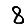
Digit: 8